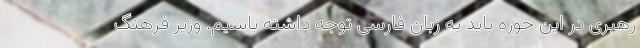
رهبری در این حوزه باید به زبان فارسی توجه داشته باشیم. وزیر فرهنگ